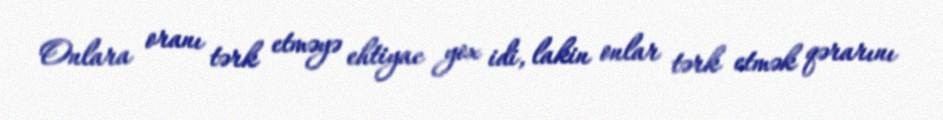
Onlara oranı tərk etməyə ehtiyac yox idi, lakin onlar tərk etmək qərarını